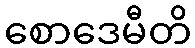
စောဒေမီတိ